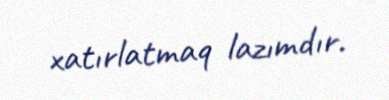
xatırlatmaq lazımdır.